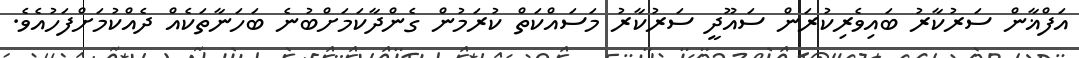
އަފްޣާން ސަރުކާރު ބައިވެރިކުރަން ސައޫދީ ސަރުކާރު މަސައްކަތް ކުރަމުން ގެންދާކަމަށްބުނެ ބަހަނާތަކެއް ދެއްކުމަށްފަހުއެވެ.